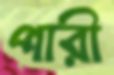
পারী